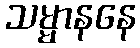
သမ္မာနနေ